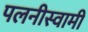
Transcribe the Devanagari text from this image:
पलनीस्वामी